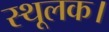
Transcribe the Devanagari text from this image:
स्थूलक।